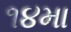
૧૪મા